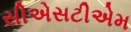
સીએસટીએમ